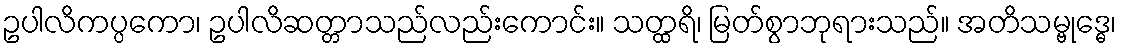
ဥပါလိကပ္ပကော၊ ဥပါလိဆတ္တာသည်လည်းကောင်း။ သတ္ထရိ၊ မြတ်စွာဘုရားသည်။ အတိသမ္ဗုဒ္ဓေ၊